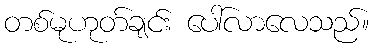
တစ်မုဟုတ်ချင်း ပေါ်လာလေသည်။